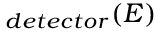
_ { d e t e c t o r } ( E )